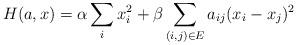
LaTeX: \begin{align*}H(a,x)=\alpha\sum_{i}x_{i}^{2}+\beta\sum_{(i,j)\in E}a_{ij}(x_{i}-x_{j})^{2}\end{align*}